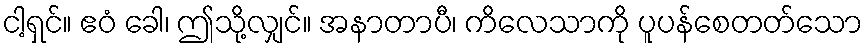
ငါ့ရှင်။ ဧဝံ ခေါ၊ ဤသို့လျှင်။ အနာတာပီ၊ ကိလေသာကို ပူပန်စေတတ်သော